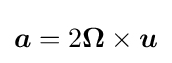
{\boldsymbol {a}}=2{\boldsymbol {\Omega }}\times {\boldsymbol {u}}